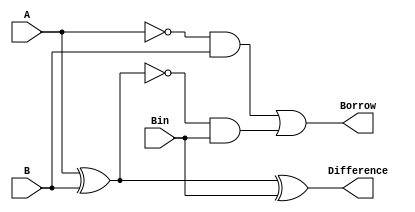
module full_subtractor (
    input A,
    input B,
    input Bin,
    output Difference,
    output Borrow
);
    wire Diff1, Borrow1, Borrow2;

    xor (Diff1, A, B);          // First XOR for intermediate difference
    xor (Difference, Diff1, Bin); // Second XOR for final difference
    and (Borrow1, ~A, B);       // First AND for borrow
    and (Borrow2, ~Diff1, Bin); // Second AND for borrow

    or (Borrow, Borrow1, Borrow2); // OR gate for final borrow
endmodule